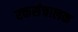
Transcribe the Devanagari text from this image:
रक्तसंचालक